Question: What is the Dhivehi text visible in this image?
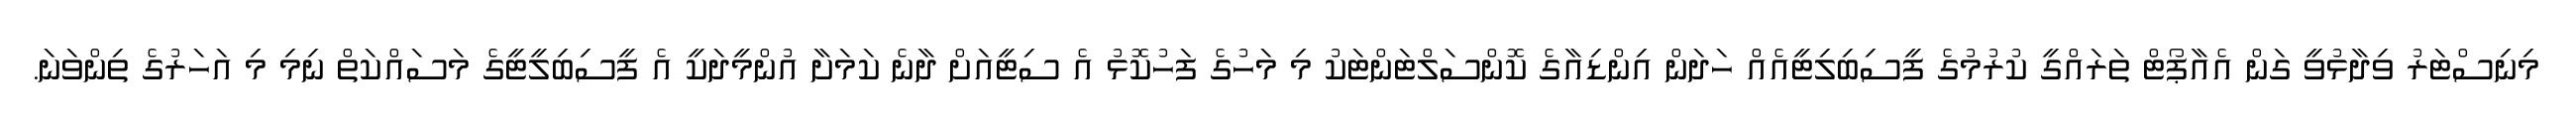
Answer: މިނިސްޓަރު ވިދާޅުވީ ގަން އެއާޕޯޓް ތަރައްގީ ކުރުމުގެ ފީސިބިލިޓީއެއް ހަދަން އިންޑިއާގެ ކޮންސަލްޓަންޓަކު މި މަހުގެ ފަހުކޮޅު އެ ސިޓީއަށް ދާނެ ކަމަށާ އުންމީދަކީ އެ ފީސިބިލީޓީގެ މަސައްކަތް ނިމި މި އަހަރުގެ ތިންވަނަ.